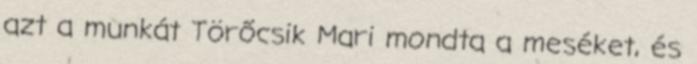
azt a munkát Törőcsik Mari mondta a meséket, és